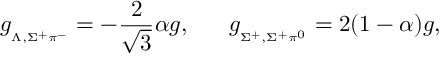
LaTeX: g _ { { } _ { \Lambda , \Sigma ^ { + } \pi ^ { - } } } = - \frac { 2 } { \sqrt 3 } \alpha g , \ \ \ \ \ g _ { { } _ { \Sigma ^ { + } , \Sigma ^ { + } \pi ^ { 0 } } } = 2 ( 1 - \alpha ) g ,